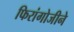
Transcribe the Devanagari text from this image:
फिरांगोजीने